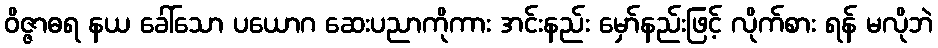
ဝိဇ္ဇာဓရ နယ ခေါ်သော ပယောဂ ဆေးပညာကိုကား အင်းနည်း မှော်နည်းဖြင့် လိုက်စား ရန် မလိုဘဲ